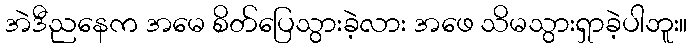
အဲဒီညနေက အမေ စိတ်ပြေသွားခဲ့လား အဖေ သိမသွားရှာခဲ့ပါဘူး။